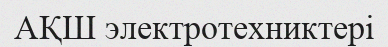
АҚШ электротехниктері